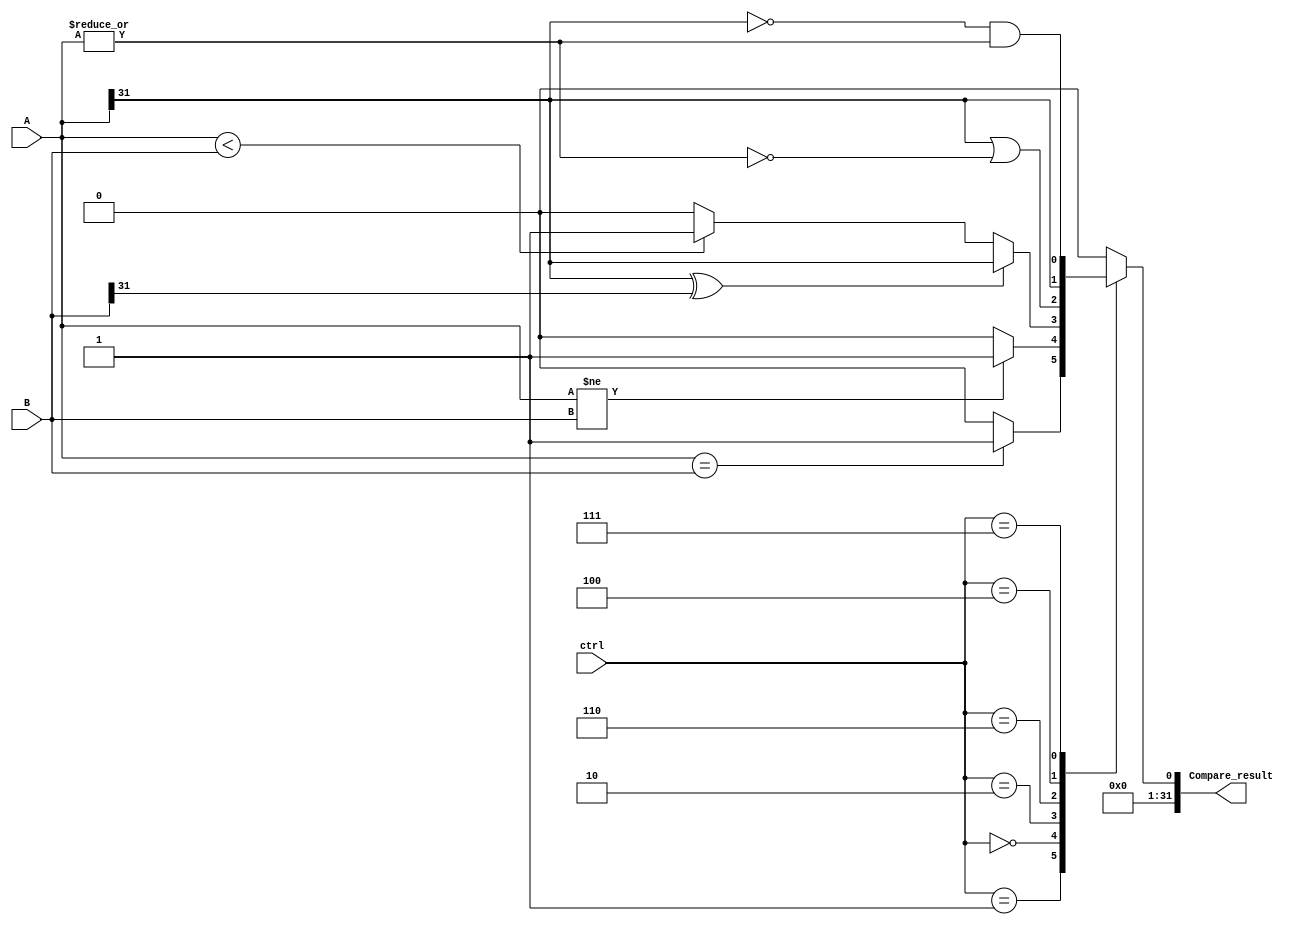
module Compare(ctrl,A,Compare_result,B);
input [2:0]ctrl;
input [31:0] B;
input [31:0] A;
output reg [31:0] Compare_result;

always @(*)
begin
     case(ctrl)
     3'b001: Compare_result <= {31'd0,A==B?1'b1:1'b0};
     3'b000: Compare_result <= {31'd0,A!=B?1'b1:1'b0};
     3'b010: Compare_result <= {31'b0,(A[31]^B[31])? A[31]:(A<B)?1'b1:1'b0};
     3'b110: Compare_result <= {31'd0,A[31]|(~(|A))};
     3'b100: Compare_result <= {31'd0,A[31]};
     3'b111: Compare_result <= {31'd0,~A[31]&(|A)};
     default: Compare_result <= 0;
     endcase
end
endmodule